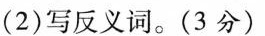
(2)写反义词。(3分)